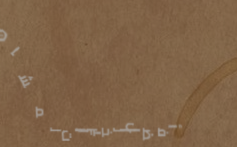
أفضل الخيارات لمشاهدة الأ